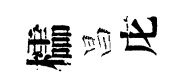
櫺昌庀